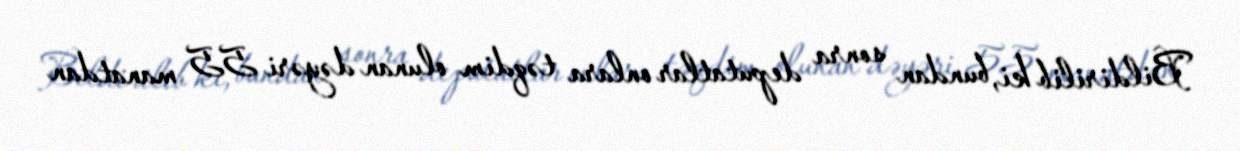
Bildirilib ki, bundan sonra deputatlar onlara təqdim olunan dəyəri 55 manatdan